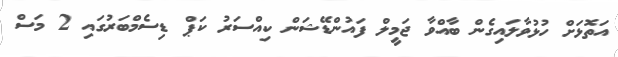
އަތޮޅަށް ހުޅުވާލައިގެން ބާއްވާ ޖަމީލް ފައުންޑޭޝަން ކިއްސަރު ކަޕް ޑިސެމްބަރުގައި 2 މަސް